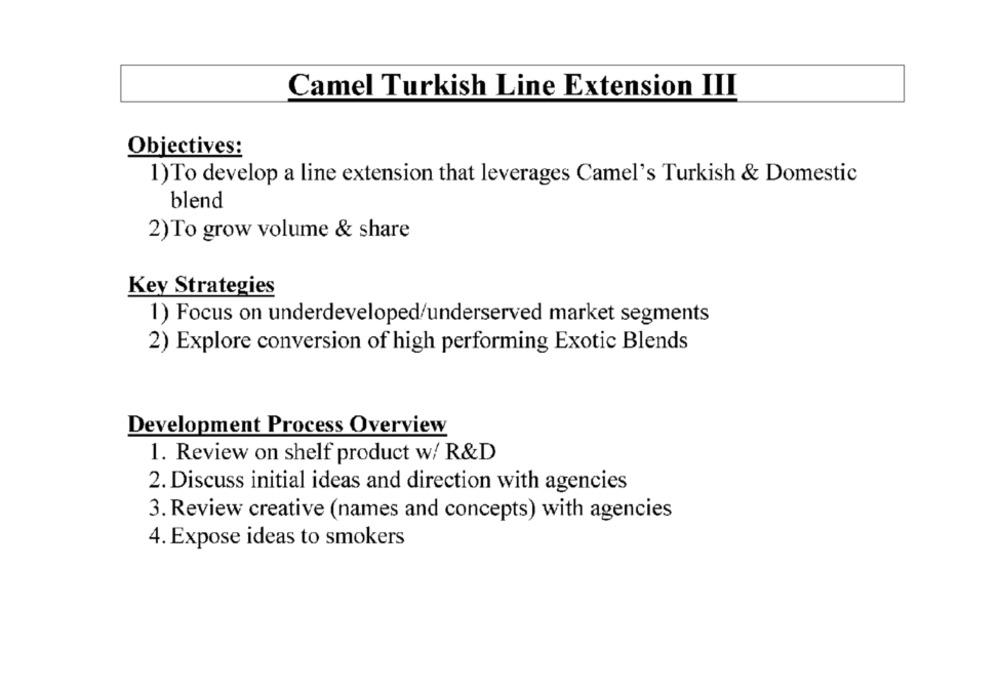
Camel Turkish Line Extension III
Objectives:
1)To develop a line extension that leverages Camel's Turkish & Domestic
blend
2)To grow volume & share
Key Strategies
1) Focus on underdeveloped/underserved market segments
2) Explore conversion of high performing Exotic Blends
Development Process Overview
1. Review on shelf product w/ R&D
2. Discuss initial ideas and direction with agencies
3. Review creative (names and concepts) with agencies
4. Expose ideas to smokers